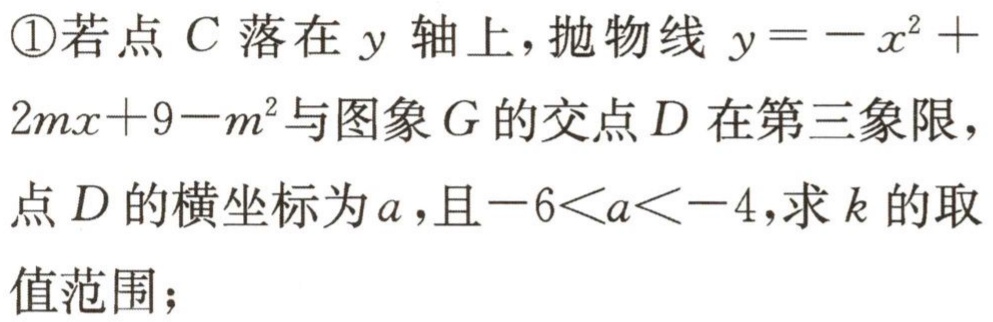
\textcircled{1}若点 \(C\) 落在 \(y\) 轴上，抛物线 \(y = -x^{2}+2mx + 9 - m^{2}\) 与图象 \(G\) 的交点 \(D\) 在第三象限，点 \(D\) 的横坐标为 \(a\)，且\(-6 < a < -4\)，求 \(k\) 的取值范围；